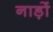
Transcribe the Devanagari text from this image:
नाड़ों